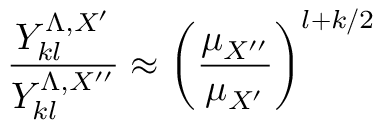
\frac { Y _ { k l } ^ { \Lambda , X ^ { \prime } } } { Y _ { k l } ^ { \Lambda , X ^ { \prime \prime } } } \approx \bigg ( \frac { \mu _ { X ^ { \prime \prime } } } { \mu _ { X ^ { \prime } } } \bigg ) ^ { l + k / 2 }